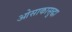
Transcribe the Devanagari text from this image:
ओसाकासुद्धा